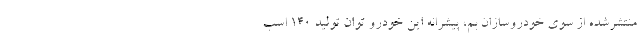
منتشرشده از سوی خودروسازان بم، پیشرانه این خودرو توان تولید 140 اسب